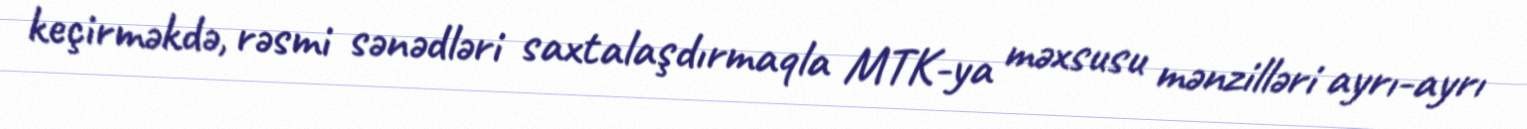
keçirməkdə, rəsmi sənədləri saxtalaşdırmaqla MTK-ya məxsusu mənzilləri ayrı-ayrı